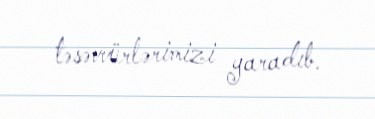
təsəvvürlərimizi yaradıb.